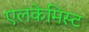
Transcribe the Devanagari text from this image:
एलकेमिस्ट